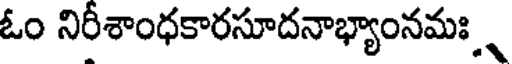
ఓం నిరీశాంధకారసూదనాభ్యాంనమః